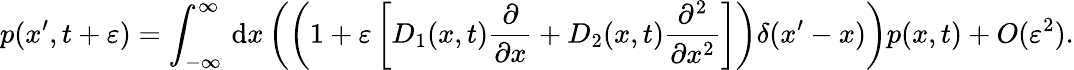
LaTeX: p(x^{\prime},t+\varepsilon)=\int_{-\infty}^{\infty}\, \mathrm{d}x\left(\left(1+\varepsilon\left[D_{1}(x,t){\frac{\partial}{\partial x}}+D_{2}(x,t){\frac{\partial^{2}}{\partial x^{2}}}\right]\right)\delta(x^{\prime}-x)\right)p(x,t)+O(\varepsilon^{2}).